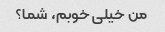
من خیلی خوبم، شما؟